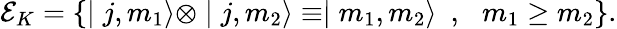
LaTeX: {\cal E}_{K}=\{ \mid j,m_{1}\rangle\otimes\mid j,m_{2}\rangle\equiv\mid m_{1},m_{2}\rangle\, \, \, ,\, \, \, \, m_{1}\geq m_{2}\} .